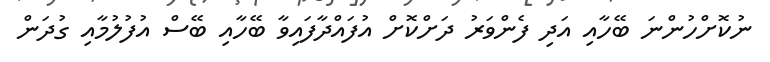
ނުކޮށްހުންނަ ބޭހާއި އަދި ފެންވަރު ދަށްކޮށް އުފައްދާފައިވާ ބޭހާއި ބޭސް އުފުލުމާއި ގުދަން